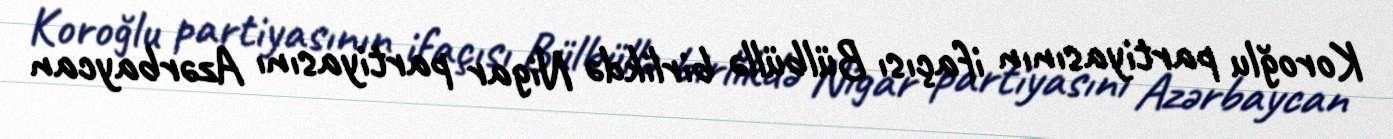
Koroğlu partiyasının ifaçısı Bülbüllə birlikdə Nigar partiyasını Azərbaycan